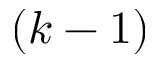
( k - 1 )